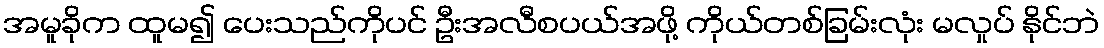
အမူခိုက ထူမ၍ ပေးသည်ကိုပင် ဦးအလီစပယ်အဖို့ ကိုယ်တစ်ခြမ်းလုံး မလှုပ် နိုင်ဘဲ